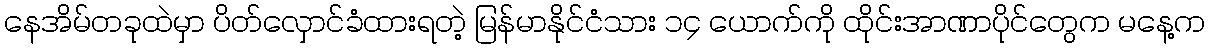
နေအိမ်တခုထဲမှာ ပိတ်လှောင်ခံထားရတဲ့ မြန်မာနိုင်ငံသား ၁၄ ယောက်ကို ထိုင်းအာဏာပိုင်တွေက မနေ့က